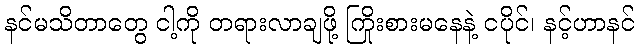
နင်မသိတာတွေ ငါ့ကို တရားလာချဖို့ ကြိုးစားမနေနဲ့ ငပိုင်၊ နင့်ဟာနင်